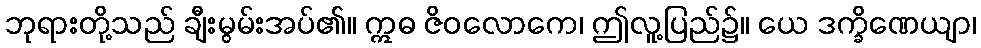
ဘုရားတို့သည် ချီးမွမ်းအပ်၏။ ဣဓ ဇိဝလောကေ၊ ဤလူ့ပြည်၌။ ယေ ဒက္ခိဏေယျာ၊